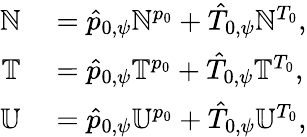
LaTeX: \begin{array}{rl}{\mathbb{N}}&{{}=\hat{p}_{0,\psi}\mathbb{N}^{p_{0}}+\hat{T}_{0,\psi}\mathbb{N}^{T_{0}},}\\ {\mathbb{T}}&{{}=\hat{p}_{0,\psi}\mathbb{T}^{p_{0}}+\hat{T}_{0,\psi}\mathbb{T}^{T_{0}},}\\ {\mathbb{U}}&{{}=\hat{p}_{0,\psi}\mathbb{U}^{p_{0}}+\hat{T}_{0,\psi}\mathbb{U}^{T_{0}},}\end{array}